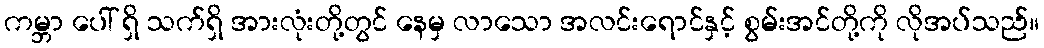
ကမ္ဘာ ပေါ် ရှိ သက်ရှိ အားလုံးတို့တွင် နေမှ လာသော အလင်းရောင်နှင့် စွမ်းအင်တို့ကို လိုအပ်သည်။